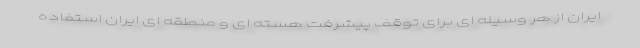
ایران از هر وسیله ای برای توقف پیشرفت هسته ای و منطقه ای ایران استفاده